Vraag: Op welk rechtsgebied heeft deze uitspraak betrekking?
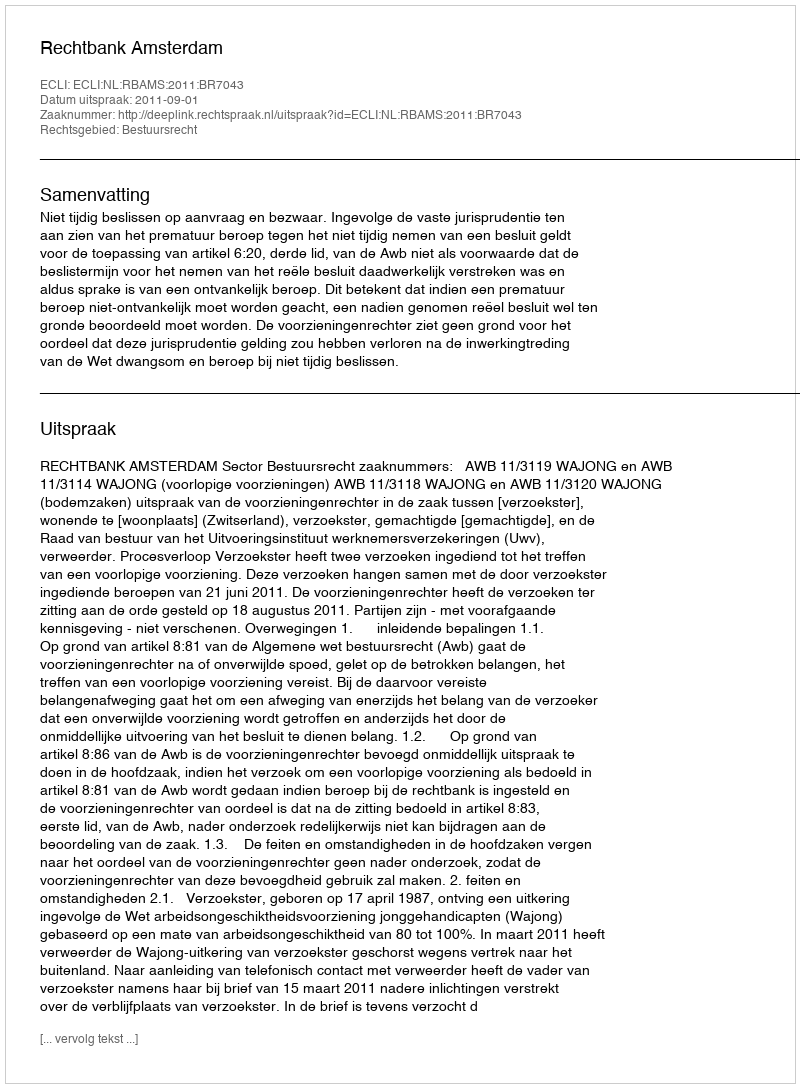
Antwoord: Bestuursrecht